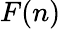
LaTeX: F(n)